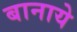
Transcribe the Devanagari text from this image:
बानाये